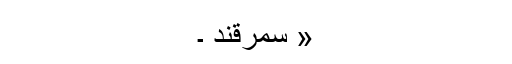
« سمرقند ۔